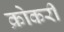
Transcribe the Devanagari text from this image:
क्रोकरी